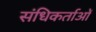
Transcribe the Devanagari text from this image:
संधिकर्ताओं